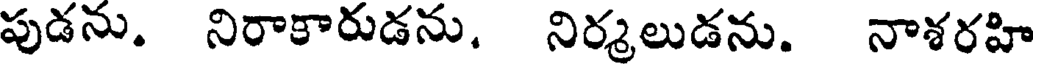
పుడను. నిరాకారుడను. నిర్మలుడను. నాశరహి